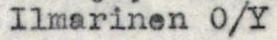
Ilmarinen O/Y